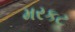
મરકટ